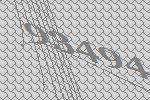
93494